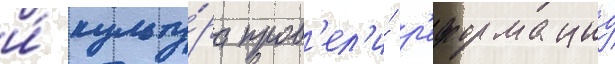
и́ культу́ра пров'ел'и́ р'еформациу